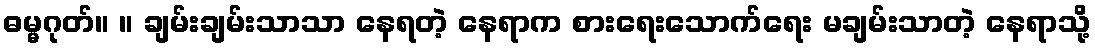
ဓမ္မဂုတ်။ ။ ချမ်းချမ်းသာသာ နေရတဲ့ နေရာက စားရေးသောက်ရေး မချမ်းသာတဲ့ နေရာသို့